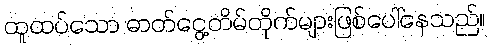
ထူထပ်သော ဓာတ်ငွေ့တိမ်တိုက်များဖြစ်ပေါ်နေသည်။